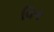
વિગ